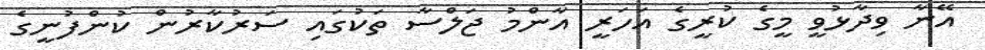
އޭނާ ވިދާޅުވީ މީގެ ކުރީގެ އަހަރީ އާންމު ޖަލްސާ ތަކުގައި ސަރުކާރުން ކުންފުނީގެ